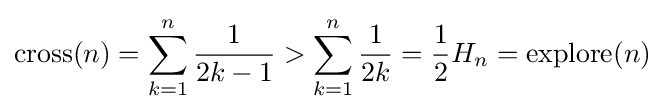
\mathrm {cross} (n)=\sum _{k=1}^{n}{\frac {1}{2k-1}}>\sum _{k=1}^{n}{\frac {1}{2k}}={\frac {1}{2}}H_{n}=\mathrm {explore} (n)